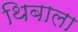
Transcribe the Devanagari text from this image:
थिबाला